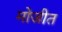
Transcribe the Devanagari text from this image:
मोजीत